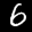
Label: 6